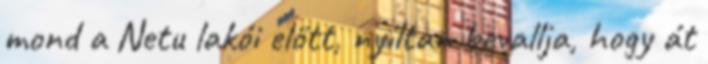
mond a Netu lakói előtt, nyíltan bevallja, hogy át